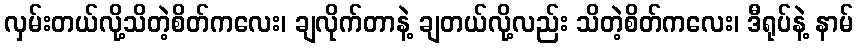
လှမ်းတယ်လို့သိတဲ့စိတ်ကလေး၊ ချလိုက်တာနဲ့ ချတယ်လို့လည်း သိတဲ့စိတ်ကလေး၊ ဒီရုပ်နဲ့ နာမ်